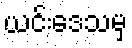
ယင်းဒေသမှ